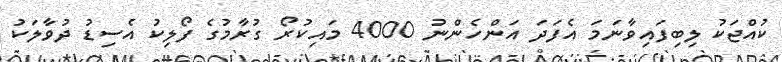
ކުއްޖަކު ލިބިފައިވާނަމަ އެފަދަ އަންހެންނު 4000 މައިކުރޯ ގުރާމުގެ ފޯލިކު އެސިޑު ދުވާލަކު